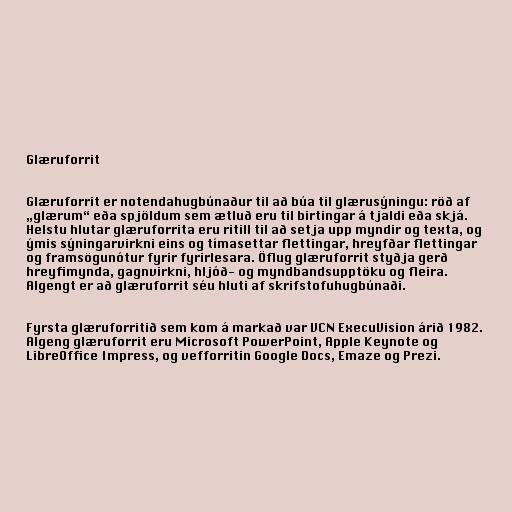
Glæruforrit

Glæruforrit er notendahugbúnaður til að búa til glærusýningu: röð af
„glærum“ eða spjöldum sem ætluð eru til birtingar á tjaldi eða skjá.
Helstu hlutar glæruforrita eru ritill til að setja upp myndir og texta, og
ýmis sýningarvirkni eins og tímasettar flettingar, hreyfðar flettingar
og framsögunótur fyrir fyrirlesara. Öflug glæruforrit styðja gerð
hreyfimynda, gagnvirkni, hljóð- og myndbandsupptöku og fleira.
Algengt er að glæruforrit séu hluti af skrifstofuhugbúnaði.

Fyrsta glæruforritið sem kom á markað var VCN ExecuVision árið 1982.
Algeng glæruforrit eru Microsoft PowerPoint, Apple Keynote og
LibreOffice Impress, og vefforritin Google Docs, Emaze og Prezi.